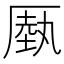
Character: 𠪑